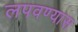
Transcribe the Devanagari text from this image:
लपवण्यास